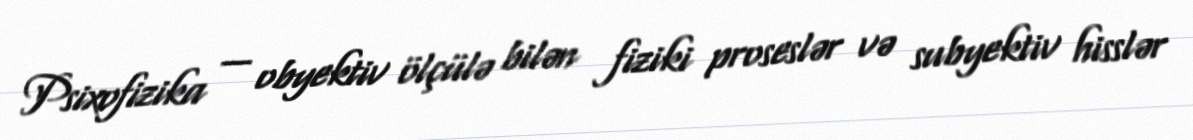
Psixofizika — obyektiv ölçülə bilən fiziki proseslər və subyektiv hisslər